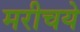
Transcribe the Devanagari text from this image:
मरीचये